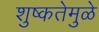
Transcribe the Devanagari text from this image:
शुष्कतेमुळे